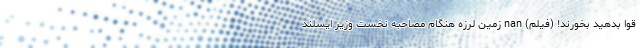
قوا بدهید بخورند! (فیلم) nan زمین لرزه هنگام مصاحبه نخست وزیر ایسلند